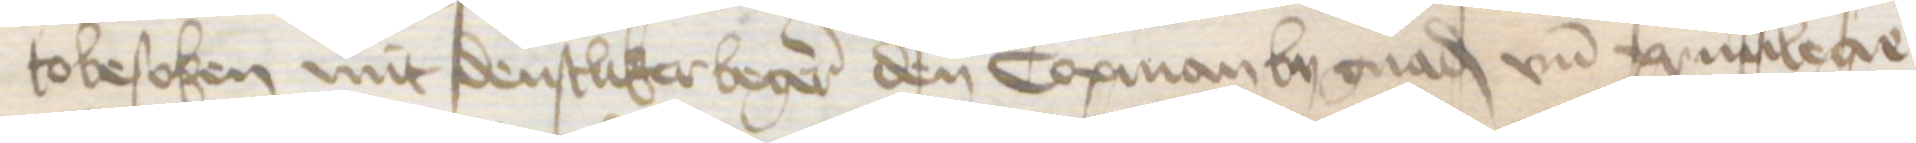
tobesoken mit denstliker begeren den Copman by gnad vnd priuilege